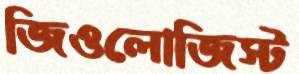
জিওলোজিস্ট